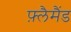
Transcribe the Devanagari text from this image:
फ़्लैमैंड